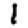
Digit: 1